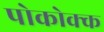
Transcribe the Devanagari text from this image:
पोकोक्क